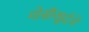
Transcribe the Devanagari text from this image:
गोसीखुर्दचे